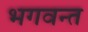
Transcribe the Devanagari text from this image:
भगवन्‍त